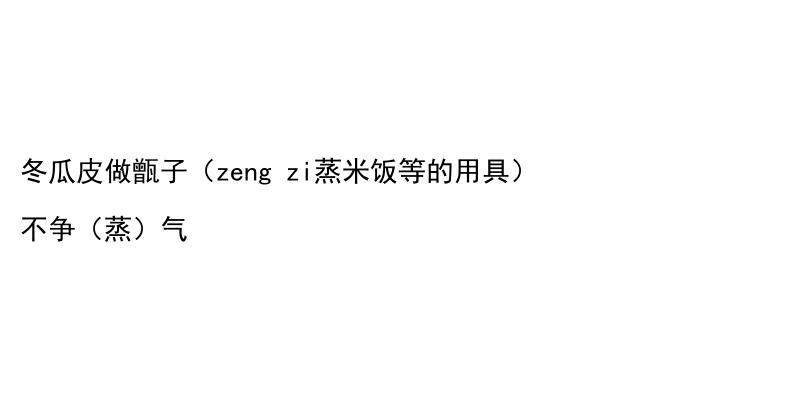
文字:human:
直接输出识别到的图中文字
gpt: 冬瓜皮做甑子（zeng zi蒸米饭等的用具） 不争（蒸）气